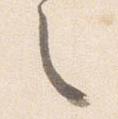
之